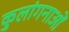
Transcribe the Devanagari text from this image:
कुलांगनाओं